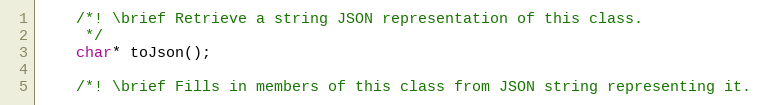
Language: C
	/*! \brief Retrieve a string JSON representation of this class.
	 */
	char* toJson();

	/*! \brief Fills in members of this class from JSON string representing it.